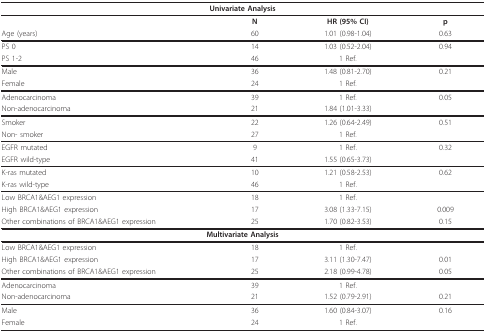
<table><thead><tr><td colspan="4"><b>Univariate Analysis</b></td></tr></thead><tbody><tr><td></td><td><b>N</b></td><td><b>HR (95% CI)</b></td><td><b>p</b></td></tr><tr><td>Age (years)</td><td>60</td><td>1.01 (0.98-1.04)</td><td>0.63</td></tr><tr><td>PS 0</td><td>14</td><td>1.03 (0.52-2.04)</td><td>0.94</td></tr><tr><td>PS 1-2</td><td>46</td><td>1 Ref.</td><td></td></tr><tr><td>Male</td><td>36</td><td>1.48 (0.81-2.70)</td><td>0.21</td></tr><tr><td>Female</td><td>24</td><td>1 Ref.</td><td></td></tr><tr><td>Adenocarcinoma</td><td>39</td><td>1 Ref.</td><td>0.05</td></tr><tr><td>Non-adenocarcinoma</td><td>21</td><td>1.84 (1.01-3.33)</td><td></td></tr><tr><td>Smoker</td><td>22</td><td>1.26 (0.64-2.49)</td><td>0.51</td></tr><tr><td>Non- smoker</td><td>27</td><td>1 Ref.</td><td></td></tr><tr><td>EGFR mutated</td><td>9</td><td>1 Ref.</td><td>0.32</td></tr><tr><td>EGFR wild-type</td><td>41</td><td>1.55 (0.65-3.73)</td><td></td></tr><tr><td>K-ras mutated</td><td>10</td><td>1.21 (0.58-2.53)</td><td>0.62</td></tr><tr><td>K-ras wild-type</td><td>46</td><td>1 Ref.</td><td></td></tr><tr><td>Low BRCA1&amp;AEG1 expression</td><td>18</td><td>1 Ref.</td><td></td></tr><tr><td>High BRCA1&amp;AEG1 expression</td><td>17</td><td>3.08 (1.33-7.15)</td><td>0.009</td></tr><tr><td>Other combinations of BRCA1&amp;AEG1 expression</td><td>25</td><td>1.70 (0.82-3.53)</td><td>0.15</td></tr><tr><td colspan="4"><b>Multivariate Analysis</b></td></tr><tr><td>Low BRCA1&amp;AEG1 expression</td><td>18</td><td>1 Ref.</td><td></td></tr><tr><td>High BRCA1&amp;AEG1 expression</td><td>17</td><td>3.11 (1.30-7.47)</td><td>0.01</td></tr><tr><td>Other combinations of BRCA1&amp;AEG1 expression</td><td>25</td><td>2.18 (0.99-4.78)</td><td>0.05</td></tr><tr><td>Adenocarcinoma</td><td>39</td><td>1 Ref.</td><td></td></tr><tr><td>Non-adenocarcinoma</td><td>21</td><td>1.52 (0.79-2.91)</td><td>0.21</td></tr><tr><td>Male</td><td>36</td><td>1.60 (0.84-3.07)</td><td>0.16</td></tr><tr><td>Female</td><td>24</td><td>1 Ref.</td><td></td></tr></tbody></table>